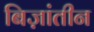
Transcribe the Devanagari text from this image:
बिज़ांतीन